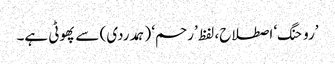
’روحنگ‘ اصطلاح، لفظ ’رحم‘ (ہمدردی) سے پھوٹی ہے۔